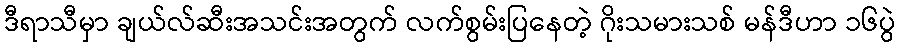
ဒီရာသီမှာ ချယ်လ်ဆီးအသင်းအတွက် လက်စွမ်းပြနေတဲ့ ဂိုးသမားသစ် မန်ဒီဟာ ၁၆ပွဲ